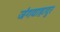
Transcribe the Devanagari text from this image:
जंगवाहादुर